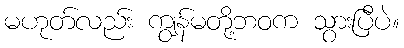
မဟုတ်လည်း ကျွန်မတို့ဘဝက သွားပြီပဲ။